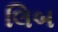
લિબ